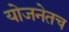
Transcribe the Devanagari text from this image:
योजनेतच